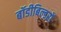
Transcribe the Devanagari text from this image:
बॉडीबिल्डरों